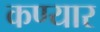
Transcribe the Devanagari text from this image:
कण्यार